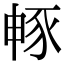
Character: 𮙜